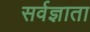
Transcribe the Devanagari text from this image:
सर्वज्ञाता